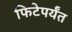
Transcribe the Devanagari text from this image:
फिटेपर्यंत